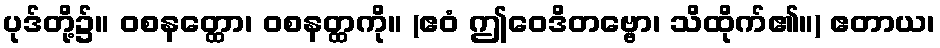
ပုဒ်တို့၌။ ဝစနတ္ထော၊ ဝစနတ္ထကို။ (ဧဝံ ဤဝေဒိတဗ္ဗော၊ သိထိုက်၏။) ဧတာယ၊